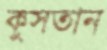
কুসতান